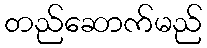
တည်ဆောက်မည်